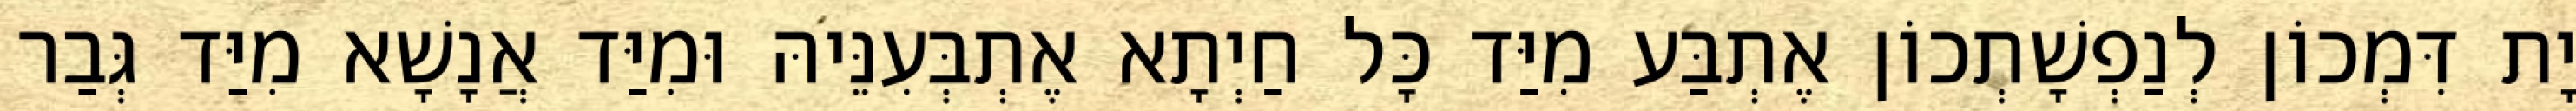
יָת דִּמְכוֹן לְנַפְשָׁתְכוֹן אֶתְבַּע מִיַּד כָּל חַיְתָא אֶתְבְּעִנֵּיהּ וּמִיַּד אֲנָשָׁא מִיַּד גְּבַר